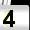
Digit: 4